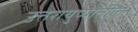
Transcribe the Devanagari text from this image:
उत्तरायुष्यातील